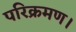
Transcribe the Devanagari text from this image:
परिक्रमण।